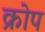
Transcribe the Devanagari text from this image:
क्रोप